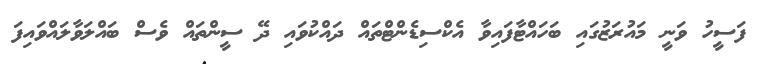
ފަސީހު ވަނީ މައުރަޒުގައި ބަހައްޓާފައިވާ އެކްސިޑެންޓްތައް ދައްކުވައި ދޭ ސީންތައް ވެސް ބައްލަވާލައްވައިފަ